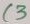
Text: C3